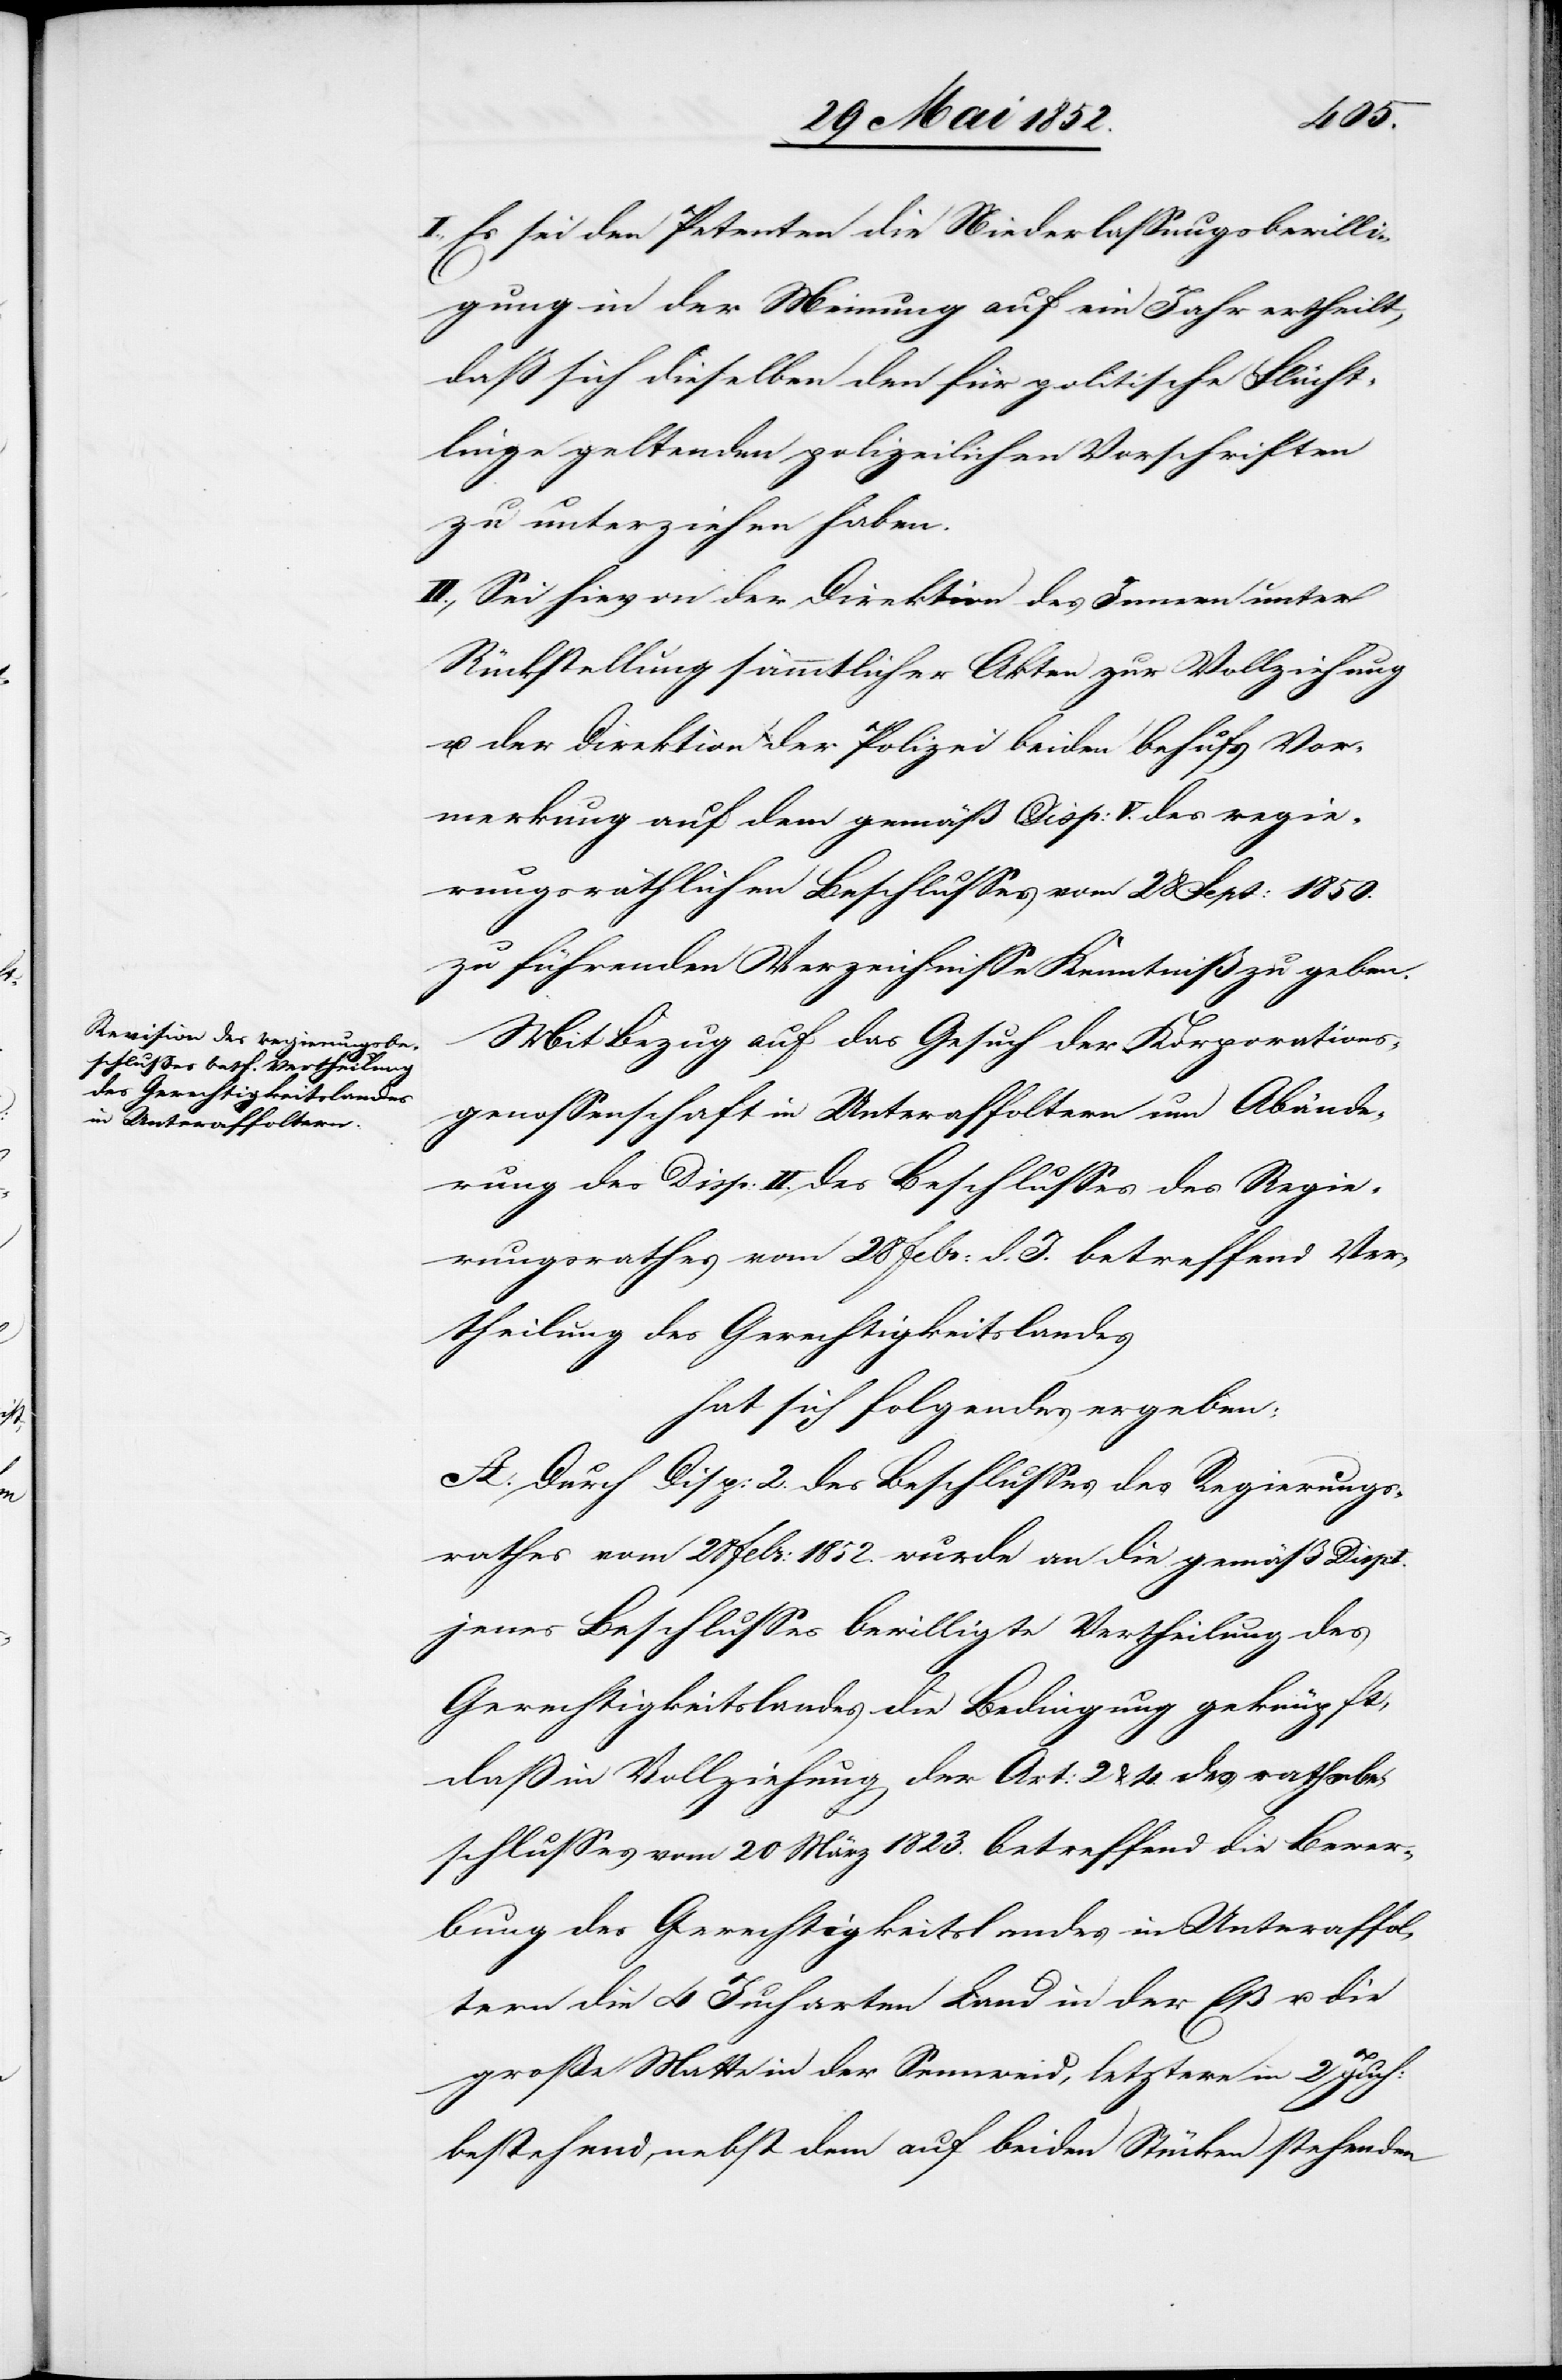
Es sei den Petenten die Niederlassungsbewilli¬
gung in der Meinung auf ein Jahr ertheilt,
daß sich dieselben den für politische Flücht¬
linge geltenden polizeilichen Vorschriften
zu unterziehen haben.
II., Sei hievon der Direktion des Innern unter
Rückstellung sämmtlicher Akten zur Vollziehung
u. der Direktion der Polizei beiden behufs Vor¬
merkung auf dem gemäß Disp: V. des regie¬
rungsräthlichen Beschlusses vom 28 Sept: 1850.
zu führenden Verzeichnisse Kenntniß zu geben.
Mit Bezug auf das Gesuch der Korporations¬
genossenschaft in Unteraffoltern um Abände¬
rung des Disp: II. des Beschlusses des Regie¬
rungsrathes vom 28 Febr: d. J. betreffend Ver¬
theilung des Gerechtigkeitslandes
hat sich folgendes ergeben:
A. Durch Disp: 2. des Beschlusses des Regierungs¬
rathes vom 28 Febr: 1852. wurde an die gemäß Disp:
jenes Beschlusses bewilligte Vertheilung des
Gerechtigkeitslandes die Bedingung geknüpft,
daß in Vollziehung der Art: 2 & 4. des rathsbe¬
schlusses [sic!] vom 20 März 1823. betreffend die Bewer¬
bung des Gerechtigkeitslandes in Unteraffol¬
tern die 4 Jucharten Land in der Eß u. die
große Matte in der Sennweid, letztere in 2 Juch:
bestehend, nebst dem auf beiden Stücken stehenden